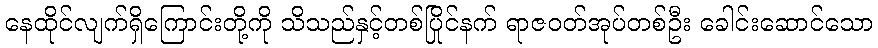
နေထိုင်လျက်ရှိကြောင်းတို့ကို သိသည်နှင့်တစ်ပြိုင်နက် ရာဇဝတ်အုပ်တစ်ဦး ခေါင်းဆောင်သော